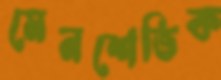
মেনশেভিক